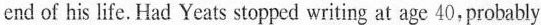
cnd of his life. Had Yeats stopped writing at age 40，probably